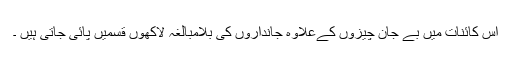
اس کائنات میں بے جان چیزوں کےعلاوہ جانداروں کی بلامبالغہ لاکھوں قسمیں پائی جاتی ہیں ۔